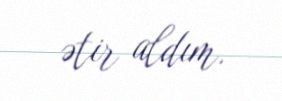
ətir aldım.